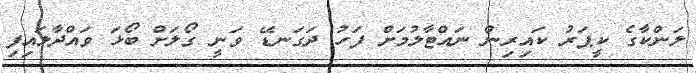
ލަންކާގެ ކީޕަރު ކައިރިން ނައްޓާލުމަށް ފަހު ދަގަނޑޭ ވަނީ ގޯލަށް ބޯޅަ ވައްދާލައިފި